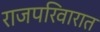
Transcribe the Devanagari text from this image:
राजपरिवारात